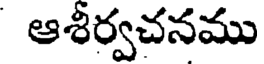
ఆశీర్వచనము